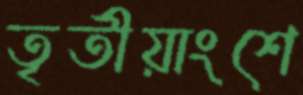
তৃতীয়াংশে